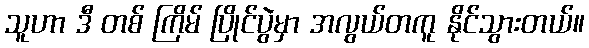
သူဟာ ဒီ တစ် ကြိမ် ပြိုင်ပွဲမှာ အလွယ်တကူ နိုင်သွားတယ်။